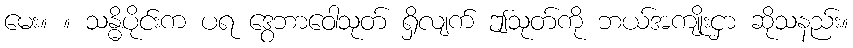
မေး။ ။ သန္ဓိပိုင်းက ပရ ဒွေဘာဝေါသုတ် ရှိလျက် ဤသုတ်ကို ဘယ်အကျိုးငှာ ဆိုသနည်း။